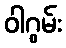
ဝါဂွမ်း